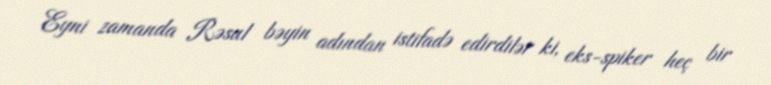
Eyni zamanda Rəsul bəyin adından istifadə edirdilər ki, eks-spiker heç bir